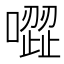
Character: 𠽼